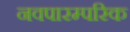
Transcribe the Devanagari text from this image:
नवपारम्परिक